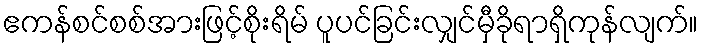
ဧကန်စင်စစ်အားဖြင့်စိုးရိမ် ပူပင်ခြင်းလျှင်မှီခိုရာရှိကုန်လျက်။